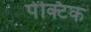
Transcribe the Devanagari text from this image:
पेक्टिक